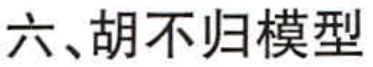
六、胡不归模型